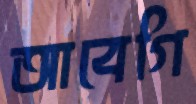
আবেগি